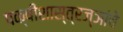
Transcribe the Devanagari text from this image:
पक्षीशास्त्रज्ञांचे